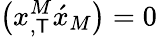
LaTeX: \left(x_{,\mathsf{T}}^{M}\acute{{x}}_{M}\right)=0